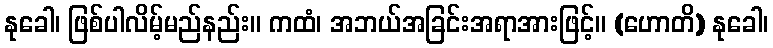
နုခေါ၊ ဖြစ်ပါလိမ့်မည်နည်း။ ကထံ၊ အဘယ်အခြင်းအရာအားဖြင့်။ (ဟောတိ) နုခေါ၊